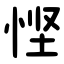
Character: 悭